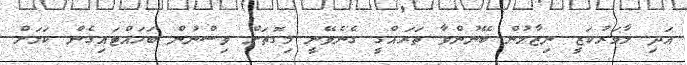
އަދި ލާމަރުކަޒީ ނިޒާމުން ބޭނުންވާ ތަރައްގީ ގެނެވޭނީ މިގޮތަށް ވިސްނުން ބަހައްޓައިގެން ކަމަށް